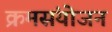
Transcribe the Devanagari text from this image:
क्रमसंयोजन